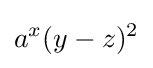
a^{x}(y-z)^{2}